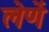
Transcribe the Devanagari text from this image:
लेणें